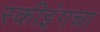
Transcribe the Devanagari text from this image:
स्कीइंगचा